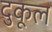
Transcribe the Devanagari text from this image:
दुकूल